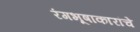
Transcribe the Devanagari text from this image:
रंगभूषाकारांचे